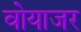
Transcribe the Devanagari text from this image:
वोयाजर